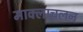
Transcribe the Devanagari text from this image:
माक्लाचलन